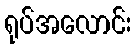
ရုပ်အလောင်း